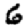
Digit: 6